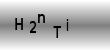
Text: H2nTi